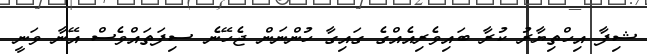
ޝިފާ އިހްތިޔާރު ކުރާ ބައިވެރިއެެއްގެ ގައިގާ ހުންނަން ޖެހޭނެ ސިފަތައްވެސް އޭނާ ވަނީ